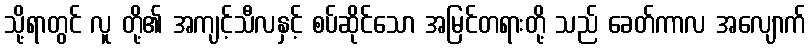
သို့ရာတွင် လူ တို့၏ အကျင့်သီလနှင့် စပ်ဆိုင်သော အမြင်တရားတို့ သည် ခေတ်ကာလ အလျောက်